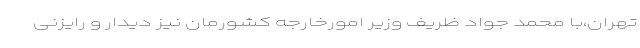
تهران،با محمد جواد ظریف وزیر امورخارجه کشورمان نیز دیدار و رایزنی